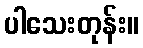
ပါသေးတုန်း။